Report on vaccination in Madras 1895-1903 - 1895-1903
Year: 1895
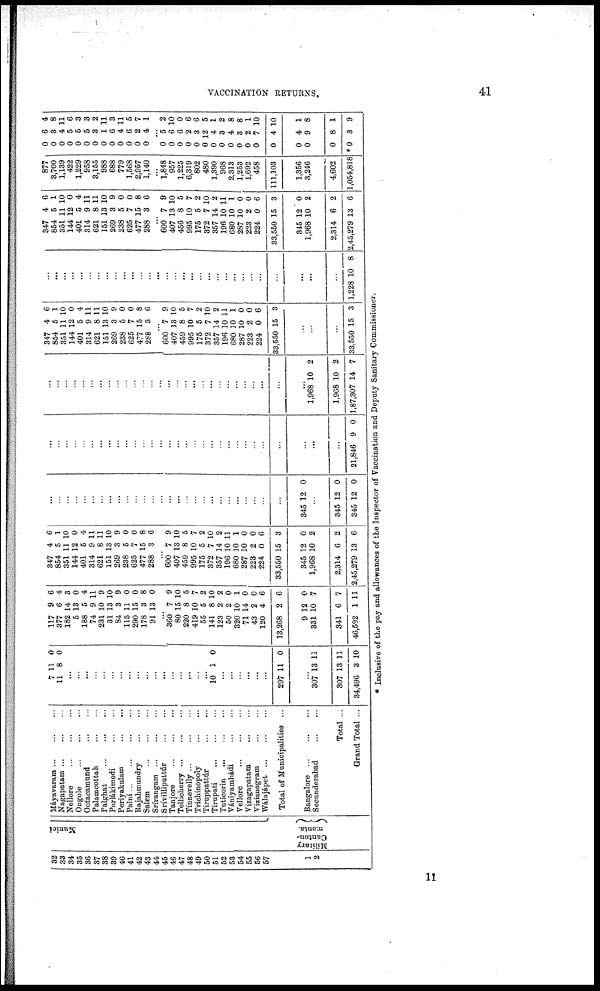
VACCINATION RETURNS.
41
32
33
34
35
36
37
38
39
40
41
42
43
44
45
46
47
48
49
50
51
52
53
54
55
56
57
1
2
Munici
Military
Canton-
ments.
Máyavaram
...
...
...
Nagapatam
...
...
...
Nellore
...
...
...
Ongole ... ... ...
Ootacamund
...
...
Palamcottah
...
...
Palghat
...
...
...
Parlákimedi ... ... ...
Periyakulam
...
...
Palni
...
...
...
...
Rajahmundry ... ...
Salem
...
...
...
Srírangam
...
...
...
Srívilliputtúr
...
...
Tanjore
...
...
...
Tellicherry
...
...
...
Tínnevelly ... ... ...
Trichinopoly
...
...
Tiruppattúr
...
...
Tirupati
...
...
...
Tuticorin ... ... ...
Vániyambádi ... ...
Vellore
...
...
...
Vizagapatam ... ... ...
Vizianagram
...
...
Wálajápet
...
...
...
Total of Municipalities ...
Bangalore
...
...
...
Secunderabad
...
...
Total ...
Grand Total ...
7
11
11
8
0
0
...
...
...
...
...
...
...
...
...
...
...
...
...
...
...
...
...
10 1 0
...
...
...
...
...
...
297 11 0
...
307
307
34,496
13
13
3
11
11
10
117
377
182
5
188
74
231
31
84
115
290
178
91
9
6
14
13
5
9
10
13
3
11
15
3
13
6
4
3
0
4
11
9
10
9
0
0
8
0
...
360
80
220
419
55
141
123
50
320
71
43
120
13,268
9
331
341
46,592
7
15
8
10
5
8
2
2
10
14
2
4
2
12
10
6
1
9
10
5
7
2
10
2
0
1
0
0
6
6
0
7
7
11
347
854
351
144
401
314
621
151
269
238
625
477
288
4
5
11
12
5
9
8
13
3
5
7
15
3
6
1
10
0
4
11
11
10
9
0
0
8
6
...
600
407
459
995
175
372
357
196
680
287
223
224
33,550
345
1,968
2,314
2,45,279
7
13
8
10
5
7
14
10
10
10
2
0
15
12
10
6
13
9
10
5
7
2
10
2
11
1
0
0
6
3
0
2
2
6
...
...
...
...
...
...
...
...
...
...
...
...
...
...
...
...
...
...
...
...
...
...
...
...
...
...
...
345 12 0
...
345
345
12
12
0
0
...
...
...
...
...
...
...
...
...
...
...
...
...
...
...
...
...
...
...
...
...
...
...
...
...
...
...
...
...
...
21,846 9 0
...
...
...
...
...
...
...
...
...
...
...
...
...
...
...
...
...
...
...
...
...
...
...
...
...
...
...
...
1,968
1,968
1,87,307
10
10
14
2
2
7
347
854
351
144
401
314
621
151
269
238
625
477
288
...
600
407
459
995
175
372
357
196
680
287
223
224
33,550
4
5
11
12
5
9
8
13
3
5
7
15
3
...
7
13
8
10
5
7
14
10
10
10
2
0
15
6
1
10
0
4
11
11
10
9
0
0
8
6
...
9
10
5
7
2
10
2
11
1
0
0
6
3
...
...
...
33,550 15 3
...
...
...
...
...
...
...
...
...
...
...
...
...
...
...
...
...
...
...
...
...
...
...
...
...
...
...
...
...
...
1,228 10 8
347
854
351
144
401
314
621
151
269
238
625
477
288
4
5
11
12
5
9
8
13
3
5
7
15
3
6
1
10
0
4
11
11
10
9
0
0
8
6
...
600
407
456
995
175
372
357
196
680
287
223
224
33,550
345
1,968
2,314
2,45,279
7
13
8
10
5
7
14
10
10
10
2
0
15
12
10
6
13
9
10
5
7
2
10
2
11
1
0
0
6
3
0
2
2
6
877
3,700
1,139
422
1,229
958
3,155
988
688
779
1,568
2,957
1,140
...
1,848
957
1,225
6,319
802
480
1,390
968
2,313
1,253
1,692
458
111,103
1,356
3,246
4,602
1,054,818
0
0
0
0
0
0
0
0
0
0
0
0
0
6
3
4
5
5
5
3
1
6
4
6
2
4
4
8
11
6
3
3
2
11
3
11
5
7
1
...
0
0
0
0
0
0
0
0
0
0
0
0
0
0
0
0
*0
5
6
6
2
3
12
4
3
4
3
2
7
4
4
9
8
3
2
10
0
6
6
5
1
2
8
8
1
10
10
1
8
1
9
* Inclusive of the pay and allowances of the Inspector of Vaccination and Deputy Sanitary Commissioner.
11